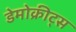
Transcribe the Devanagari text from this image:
डेमोक्रीट्स